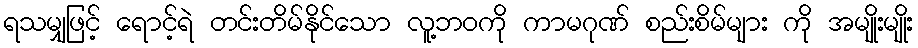
ရသမျှဖြင့် ရောင့်ရဲ တင်းတိမ်နိုင်သော လူ့ဘဝကို ကာမဂုဏ် စည်းစိမ်များ ကို အမျိုးမျိုး